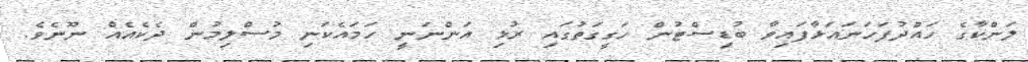
ލަންކާގެ ހައްދުފަހަނައަޅާފައިވާ ބުޑިސްޓުން ހަގީގަތުގައި ރުޅި އަންނަނީ ހަމައެކަނި މުސްލިމުން ދެކެއެއް ނޫނެވެ.